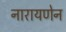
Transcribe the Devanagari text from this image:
नारायणेन